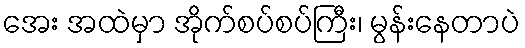
အေး အထဲမှာ အိုက်စပ်စပ်ကြီး၊ မွန်းနေတာပဲ